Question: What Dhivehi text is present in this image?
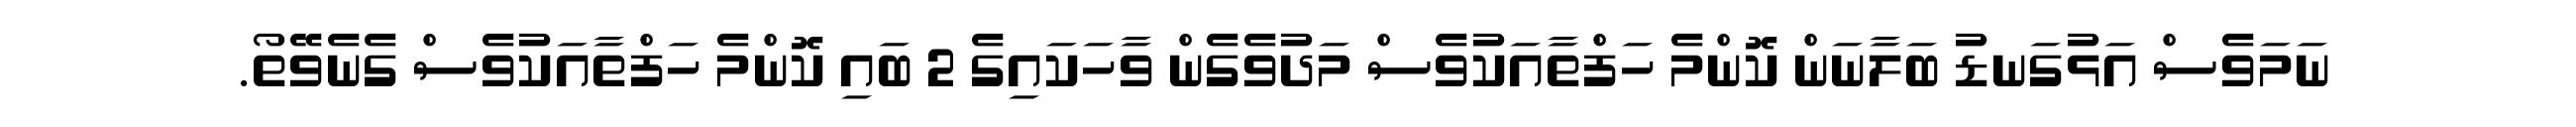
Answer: ނަމަވެސް އަޅުގަނޑު ބަލާނަން ކޮންމެ ހަފްތާއަކުވެސް މަދުވެގެން ވާހަކައިގެ 2 ބައި ކޮންމެ ހަފްތާއަކުވެސް ގެނެވޭތޯ.